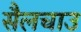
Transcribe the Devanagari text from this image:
सैलचाउ